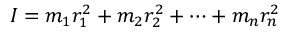
I = m _ { 1 } r _ { 1 } ^ { 2 } + m _ { 2 } r _ { 2 } ^ { 2 } + \cdots + m _ { n } r _ { n } ^ { 2 }